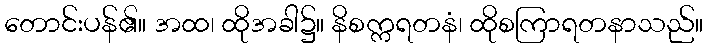
တောင်းပန်၏။ အထ၊ ထိုအခါ၌။ နိစက္ကရတနံ၊ ထိုစကြာရတနာသည်။